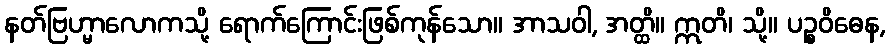
နတ်ဗြဟ္မာလောကသို့ ရောက်ကြောင်းဖြစ်ကုန်သော။ အာသဝါ, အတ္ထိ။ ဣတိ၊ သို့။ ပဉ္စဝိဓေန,